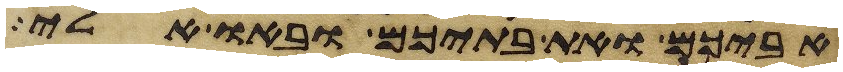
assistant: אביכם ואת בתיכם ובאו אלי